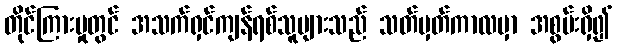
တိုင်ကြားမှုတွင် အသက်ရှင်ကျန်ရစ်သူများသည် သတ်မှတ်ကာလမှာ အစွမ်းရှိ၍